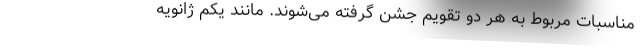
مناسبات مربوط به هر دو تقویم جشن گرفته می‌شوند. مانند یکم ژانویه